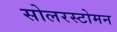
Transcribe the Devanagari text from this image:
सोलरस्टोमन